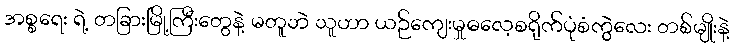
အစ္စရေး ရဲ့ တခြားမြို့ကြီးတွေနဲ့ မတူဘဲ သူဟာ ယဉ်ကျေးမှုဓလေ့စရိုက်ပုံစံကွဲလေး တစ်မျိုးနဲ့